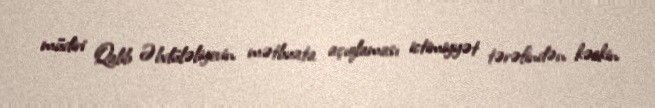
müdiri Qalib Əbdüləliyevin mətbuata açıqlaması ictimiyyət tərəfindən kəskin